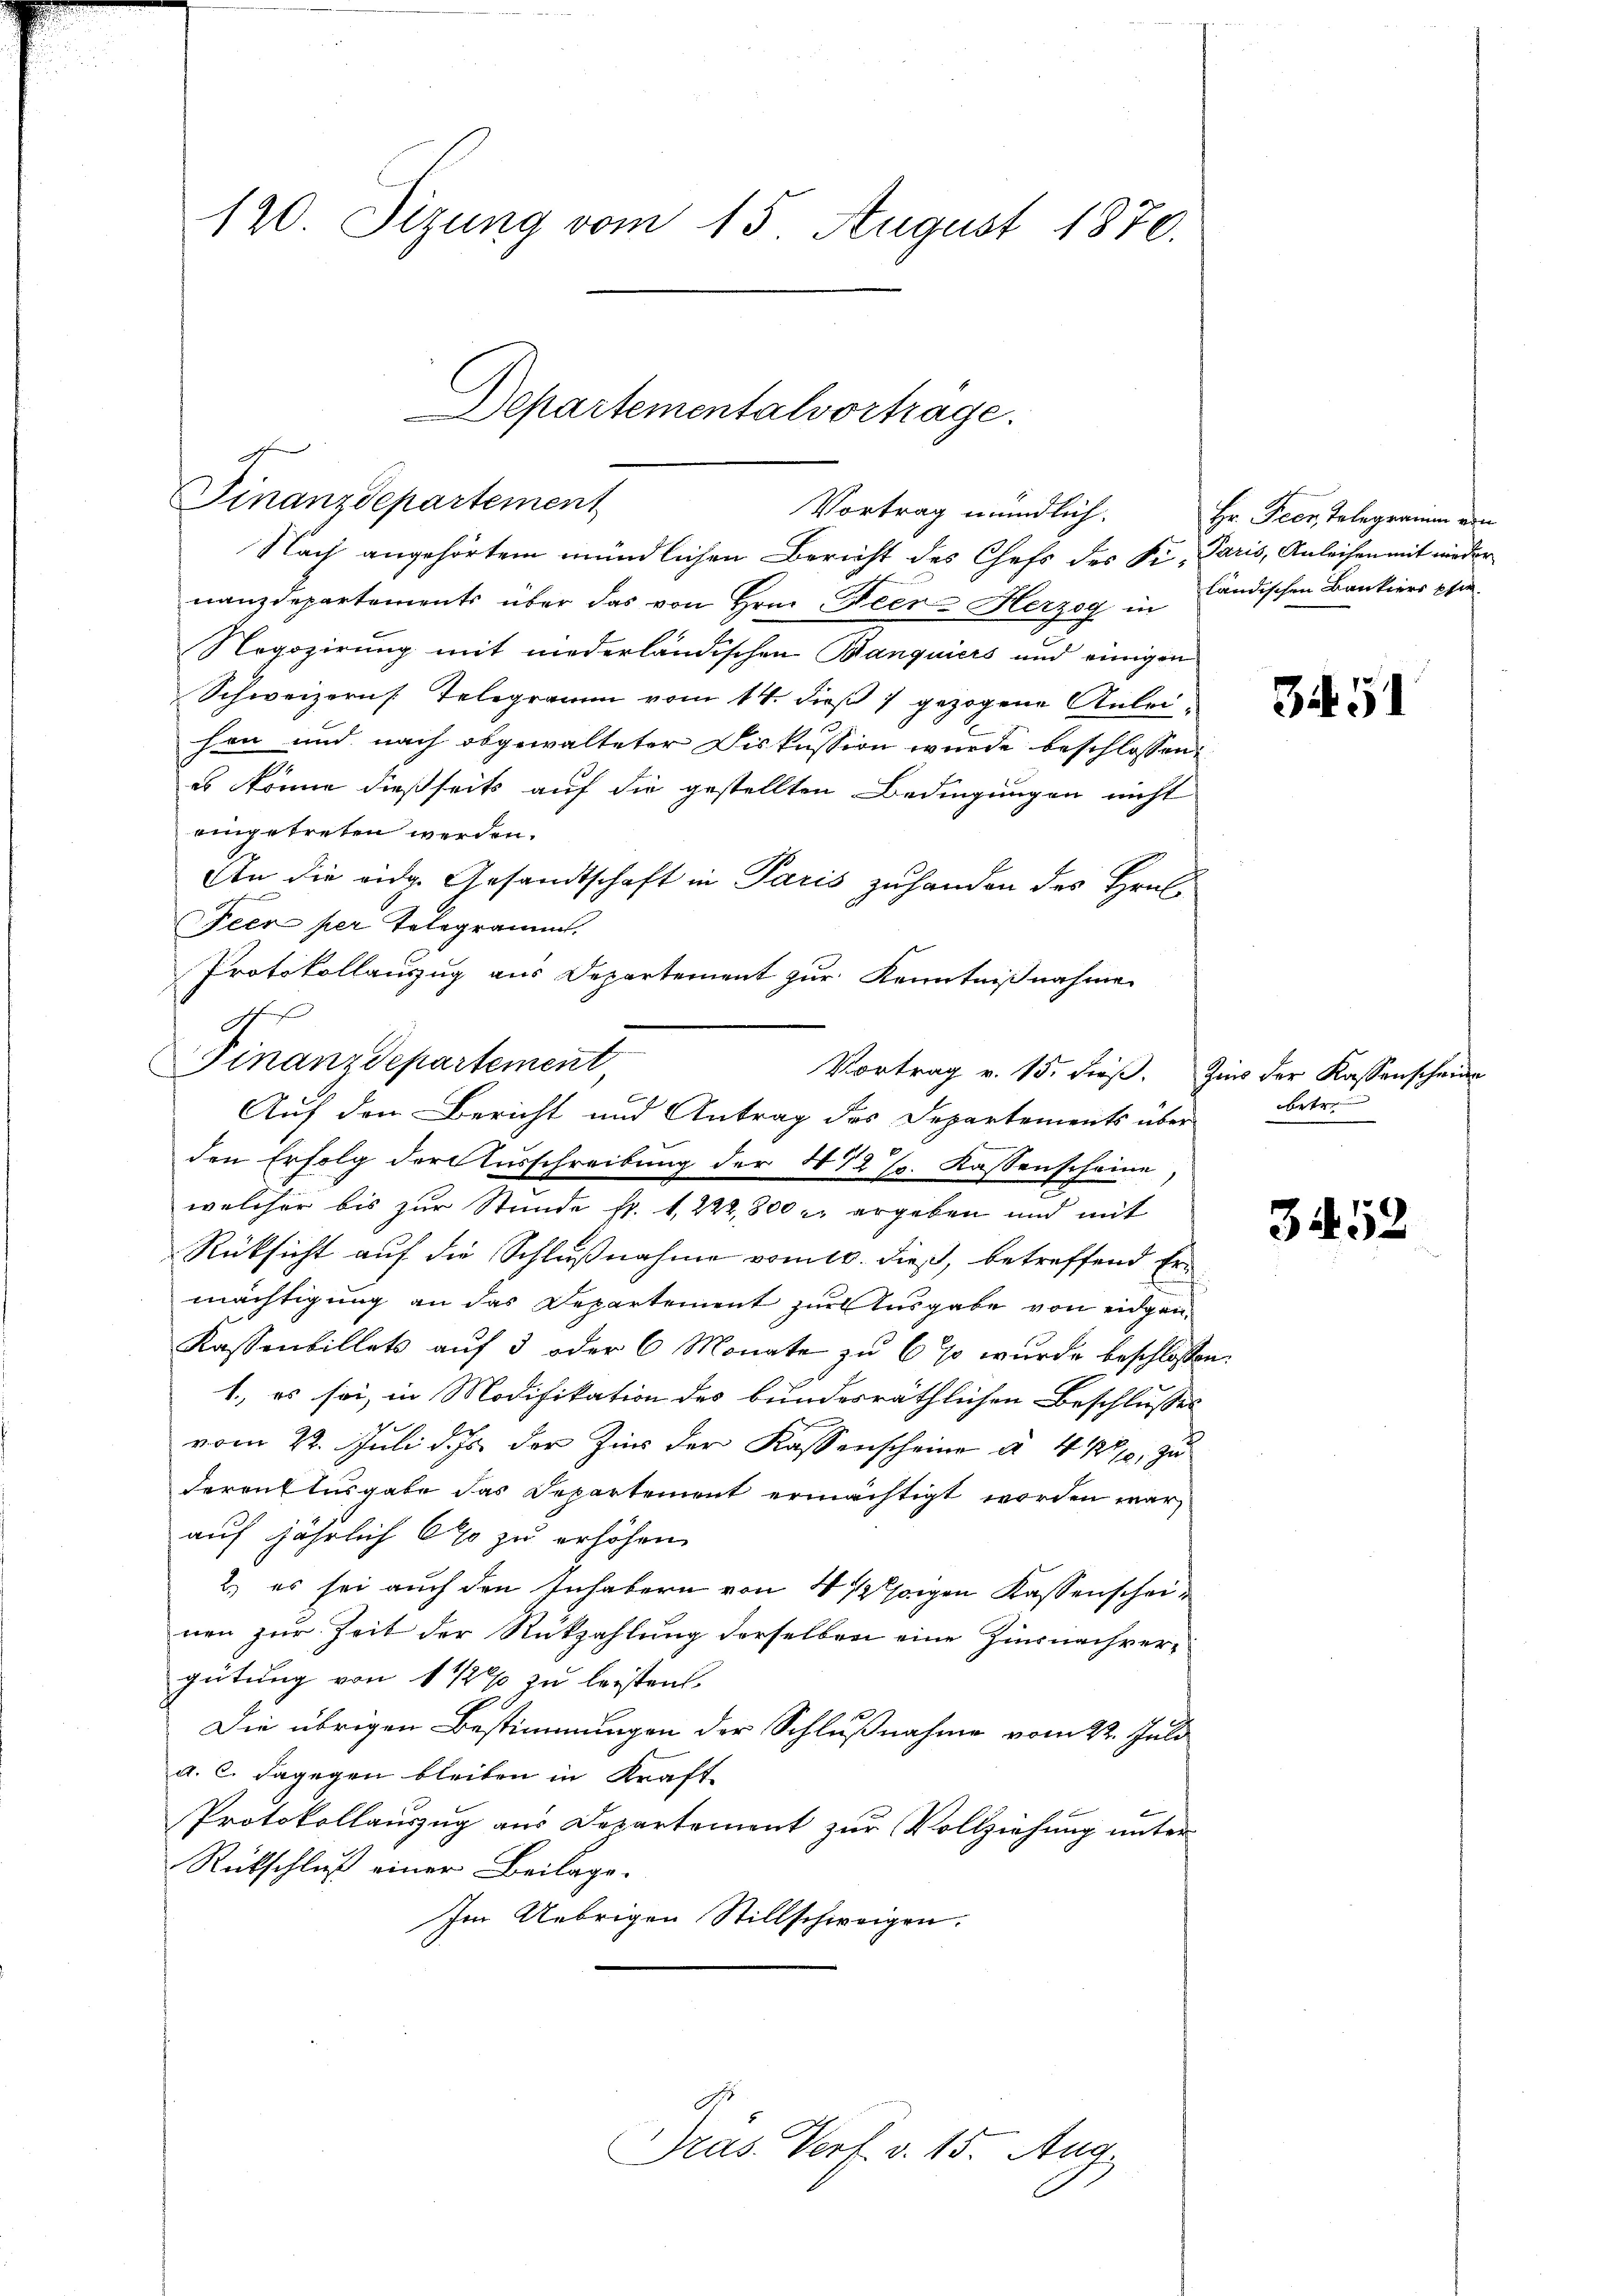
120. Sizung vom 15. August 1870.

Departementalvortrage.
Finanzdepartement
Vortrag mündlich.

Nach angehörtem mündlichen Bericht des Chefs des Ki. Paris, Anleihen mit wieder
nanzdepartements über das von Hrn. Feer- Herzeg in ländischen Bankiers pie¬
Negozirung mit niederländischen Banquiers und einigen
Schweizern Telegramm vom 14. dieß 1 gezogene Anleihen und nach obgewalteter Diskussion wurde beschlossen:
es könne dießseits auf die gestellten Bedingungen nicht
eingetreten werden.
An die eidg. Gesandtschaft in Paris zuhanden des Hrn.
Feer per Telegramm.
Protokollauszug aus Departement zur Kenntnißnahme
Vortrag v. 15. dieß. Zins der Kassenscheinen
welcher bis zur Stunde fr. 1, 222,800 r. ergeben und mit
Rücksicht auf die Schlußnahme vom 10. dieß, betreffend Er-
mächtigung an das Departement zur Ausgabe von eidgen.
Kassenbillets auf 3 oder 6 Monate zu 6 % wurde beschlossen:
1., es sei, in Modifikation des bundesräthlichen Beschlusses
vom 22. Juli d. Js. der Zins der Kassenscheine à 4 1/2 zu
Farenflusgabe das Departement ermächtigt worden war,
auf jährlich 6% zu erhöhen.
2.) es sei auch den Inhabern von 4 1/2 sagen Kassenscheinen zur Zeit der Rückzahlung derselben eine Zinsnachver-
gütung von 1 1/2% zu leisten.
Die übrigen Bestimmungen der Schlußnahme vom 22. Juli
a. C. dagegen bleiben in Kraft-
Protokollauszug aus Departement zur Vollziehung unter
Rückschluß einer Beilags¬
Im Uebrigen Stillschweigen.

e
Finanzdepartement
Auf den Bericht und Antrag des Departements über
den Erfolg der Ausschreibung der 472 %. Kassenscheine,

G.

Pras. Verf. v. 15. Aug.

Hr. Feer, Telegramm von

3451

betr.

3452